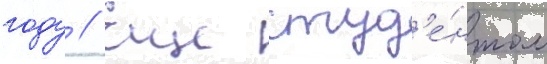
году // Еще студ'е́нтом